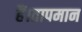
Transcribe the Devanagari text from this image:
हैं।तापमान